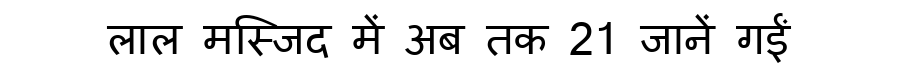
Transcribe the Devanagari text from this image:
लाल मस्जिद में अब तक 21 जानें गईं